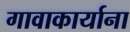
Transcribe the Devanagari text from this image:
गावाकार्याना